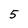
Character: 5